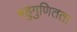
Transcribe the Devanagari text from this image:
बहुगुणितता